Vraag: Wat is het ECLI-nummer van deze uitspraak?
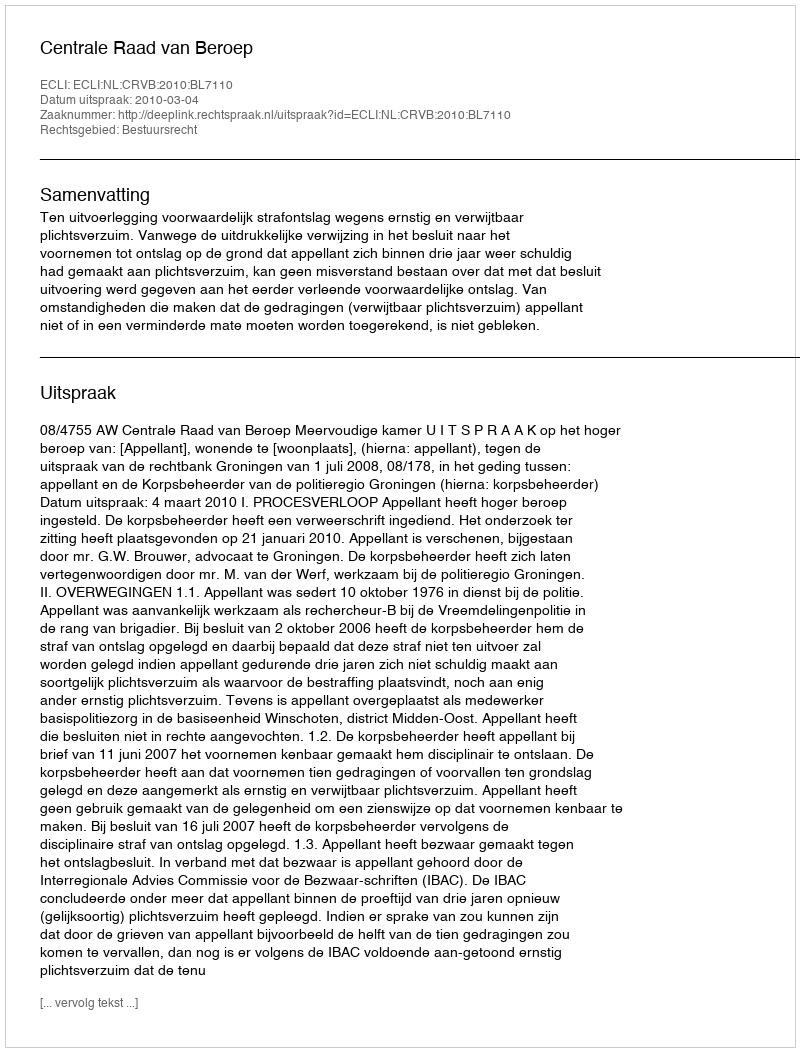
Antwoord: ECLI:NL:CRVB:2010:BL7110